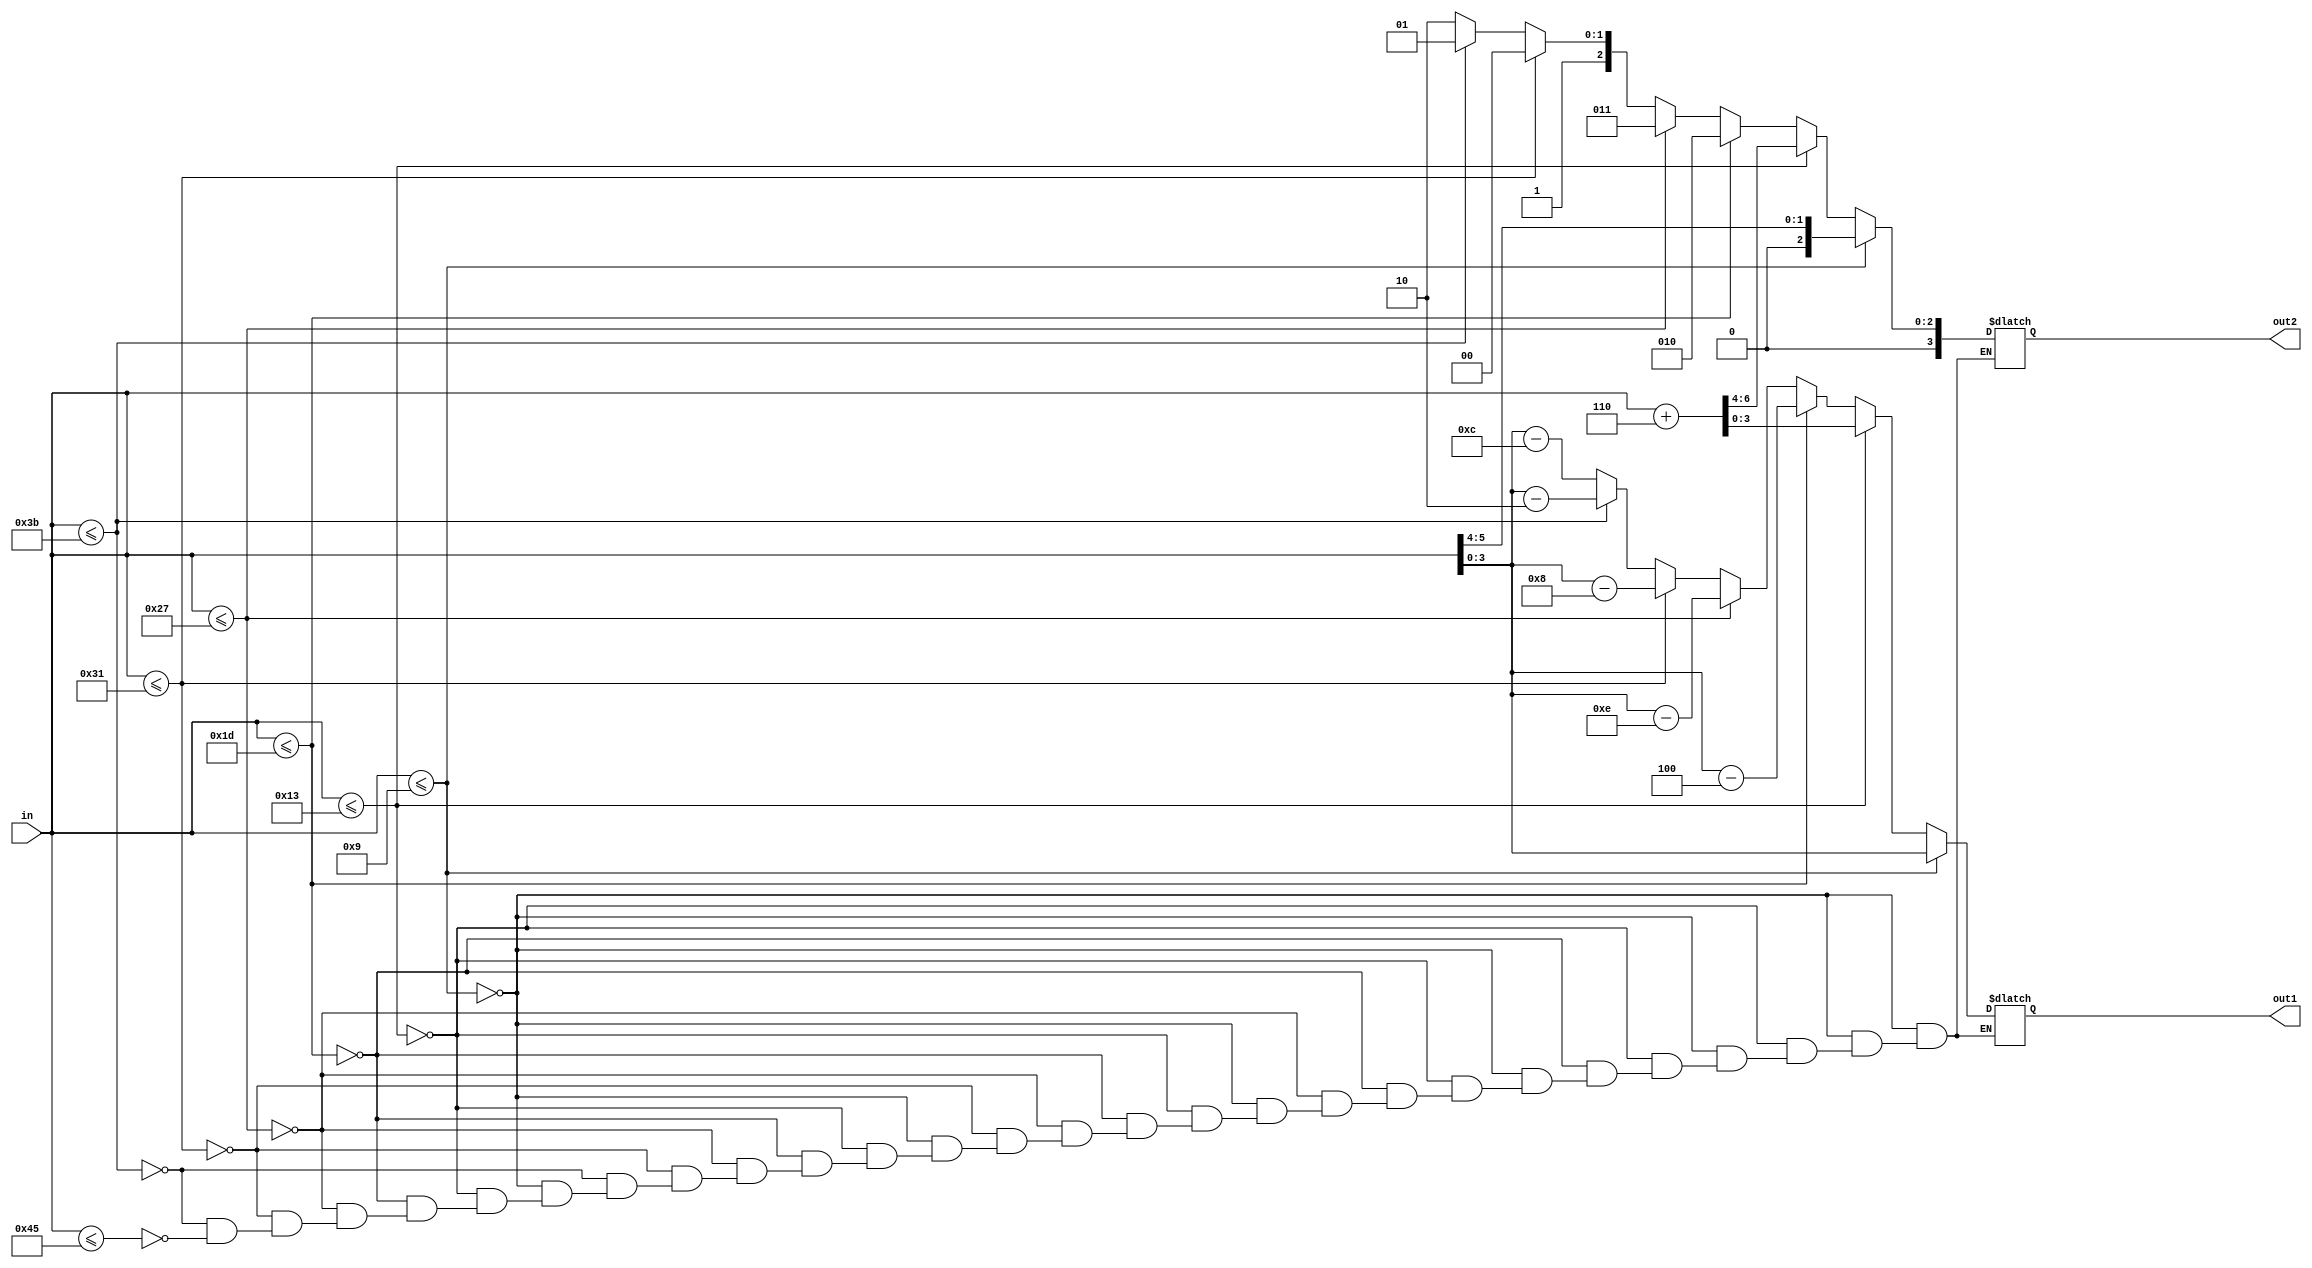
module separate(in, out1, out2);
	input [5:0]in;
	output reg [3:0]out1,out2;
	always @ (in)
	begin 
		if(in<=9)
			{out2,out1} = in;
		else if(in<=19)
			{out2,out1} = in+ 6;
		else if(in<=29)
			begin
				out2 = 2;
				out1 = in - 20;
			end
		else if(in<=39)
			begin
				out2 = 3;
				out1 = in-30;
			end
		else if(in<=49)
			begin
				out2 = 4;
				out1 = in-40;
			end
		else if(in<=59)
			begin
				out2 = 5;
				out1 = in-50;
			end
		else if(in<=69)
			begin
				out2 = 6;
				out1 = in-60;
			end
			
	end
endmodule